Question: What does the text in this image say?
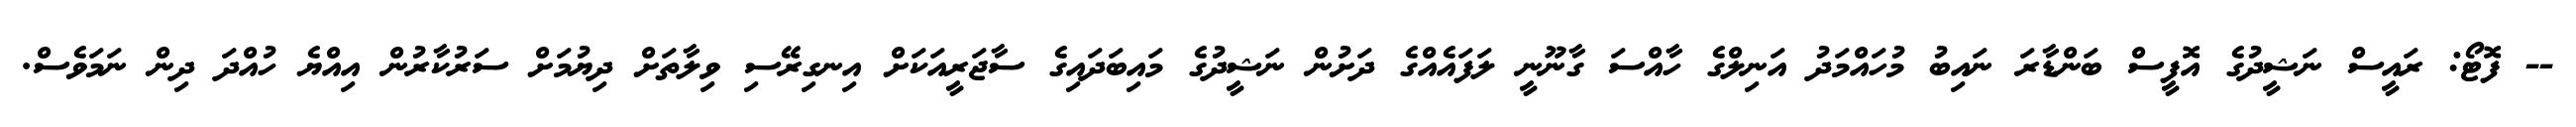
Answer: -- ފޮޓޯ: ރައީސް ނަޝީދުގެ އޮފީސް ބަންޑާރަ ނައިބު މުހައްމަދު އަނިލްގެ ހާއްސަ ގާނޫނީ ލަފައެއްގެ ދަށުން ނަޝީދުގެ މައިބަދައިގެ ސާޖަރީއަކަށް އިނގިރޭސި ވިލާތަށް ދިޔުމަށް ސަރުކާރުން އިއްޔެ ހުއްދަ ދިން ނަމަވެސް.